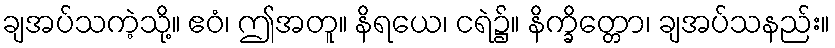
ချအပ်သကဲ့သို့။ ဧဝံ၊ ဤအတူ။ နိရယေ၊ ငရဲ၌။ နိက္ခိတ္တော၊ ချအပ်သနည်း။